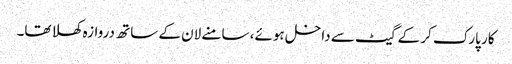
کار پارک کر کے گیٹ سے داخل ہوئے، سامنے لان کے ساتھ دروازہ کھلا تھا۔